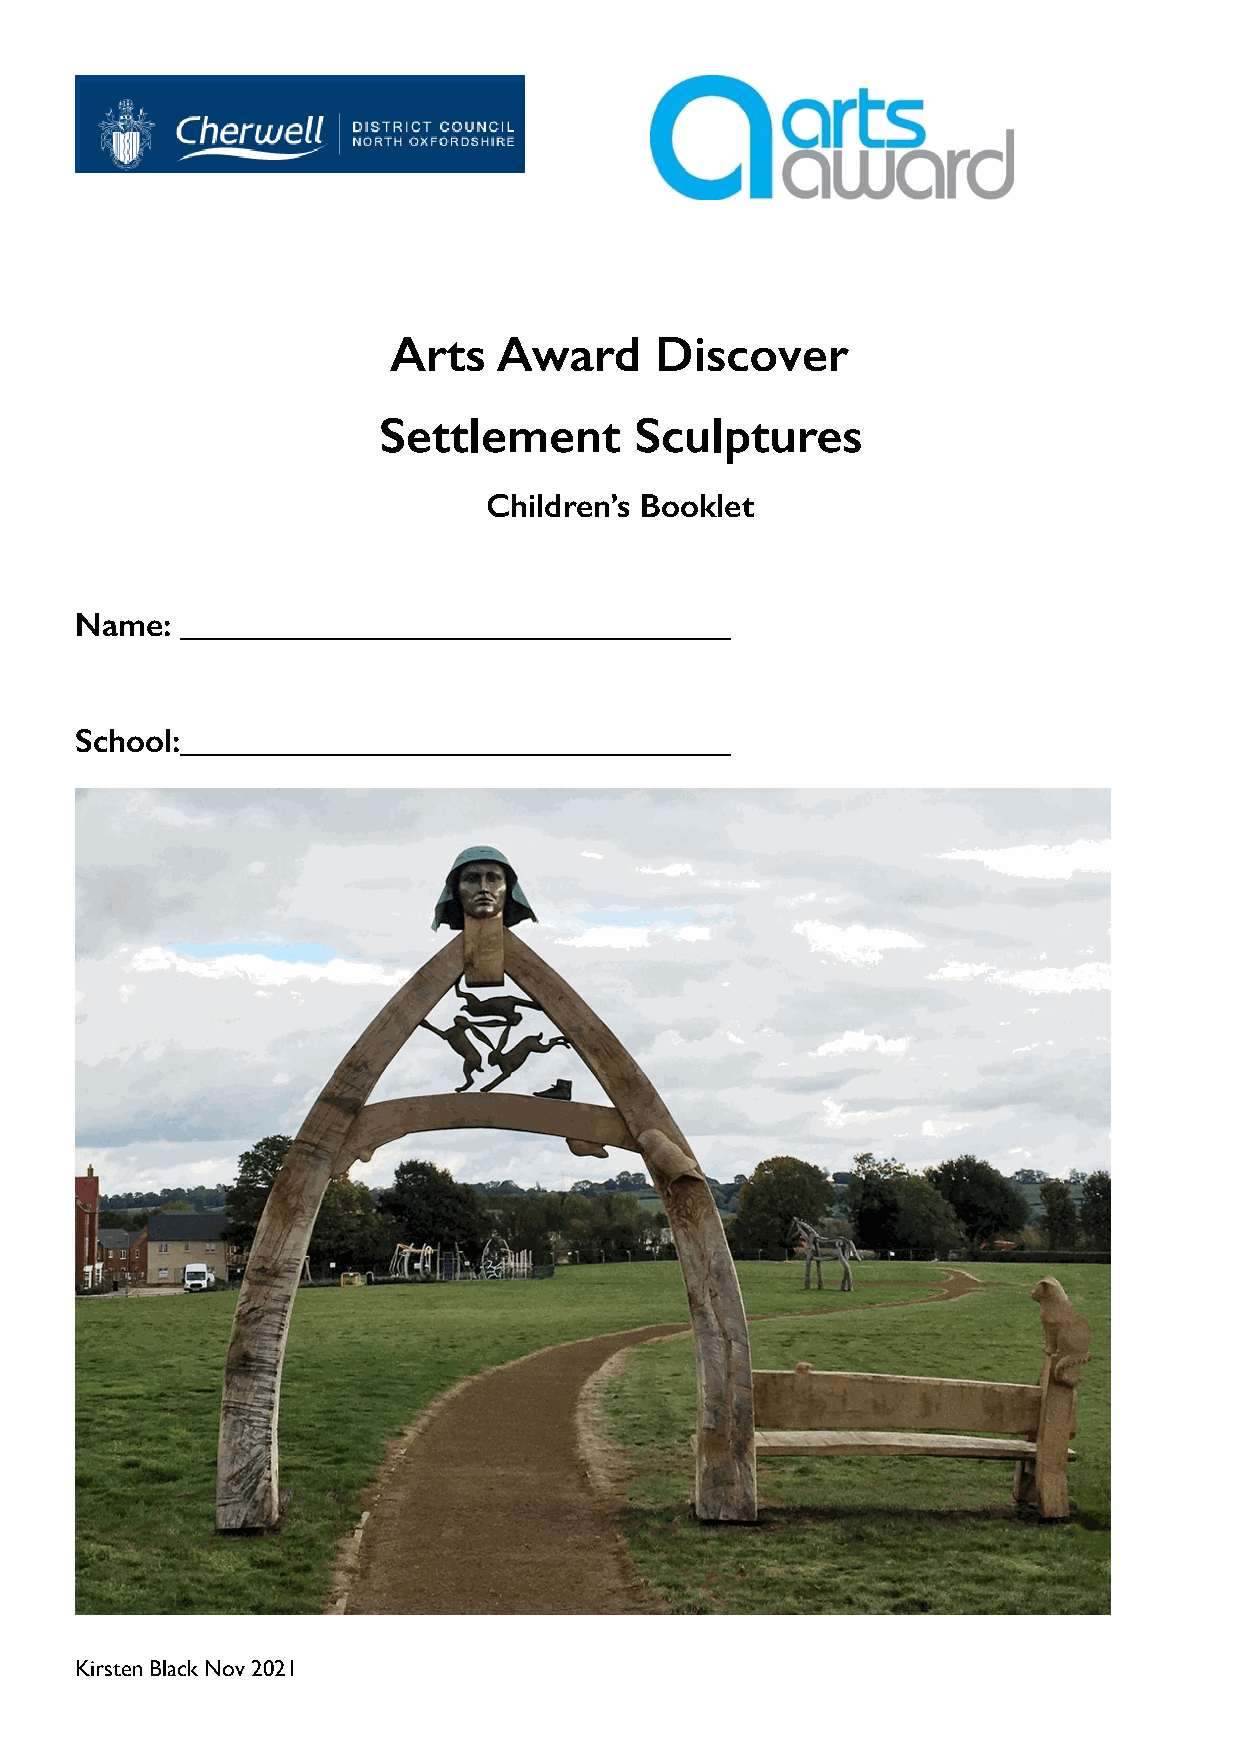
Arts   Award     Discover
 Settlement       Sculptures
 Children’s Booklet
 Name:  _________________________________
 School:_________________________________
 Kirsten Black Nov 2021